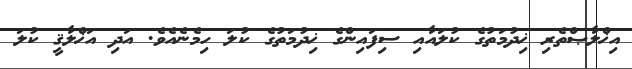
އިޚްލާޞްތެރި ޚިދުމަތުގެ ކުލައާއި ސިފައިންގެ ޚިދުމަތުގެ ކުލަ ހިމެނެއެވެ. އަދި އަޚްލާޤީ ކުލަ